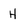
Character: H